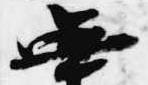
無